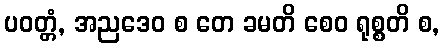
ပဝတ္တံ, အညဒေဝ စ တေ ခမတိ စေဝ ရုစ္စတိ စ,